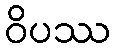
ဝိပဿ